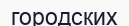
городских